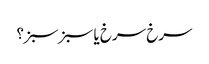
سرخ سرخ یا سبز سبز؟